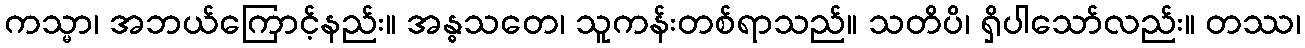
ကသ္မာ၊ အဘယ်ကြောင့်နည်း။ အန္ဓသတေ၊ သူကန်းတစ်ရာသည်။ သတိပိ၊ ရှိပါသော်လည်း။ တဿ၊